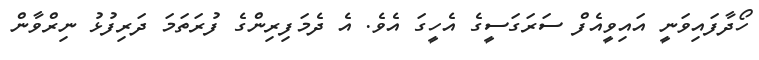
ހޯދާފައިވަނީ އައިވީއެފް ސަރަގަސީގެ އެހީގަ އެވެ. އެ ދެމަފިރިންގެ ފުރަތަމަ ދަރިފުޅު ނިރްވާން